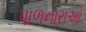
પાળનારાઓ